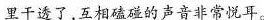
里干透了，互相磕碰的声音非常悦耳。